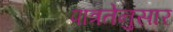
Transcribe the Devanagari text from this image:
पात्रतेनुसार